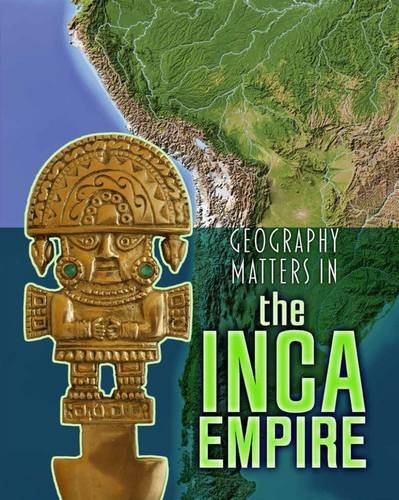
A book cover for Geography Matters in the Inca Empire (Infosearch: Geography Matters in Ancient Civilizations); Melanie Waldron; Children's Books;